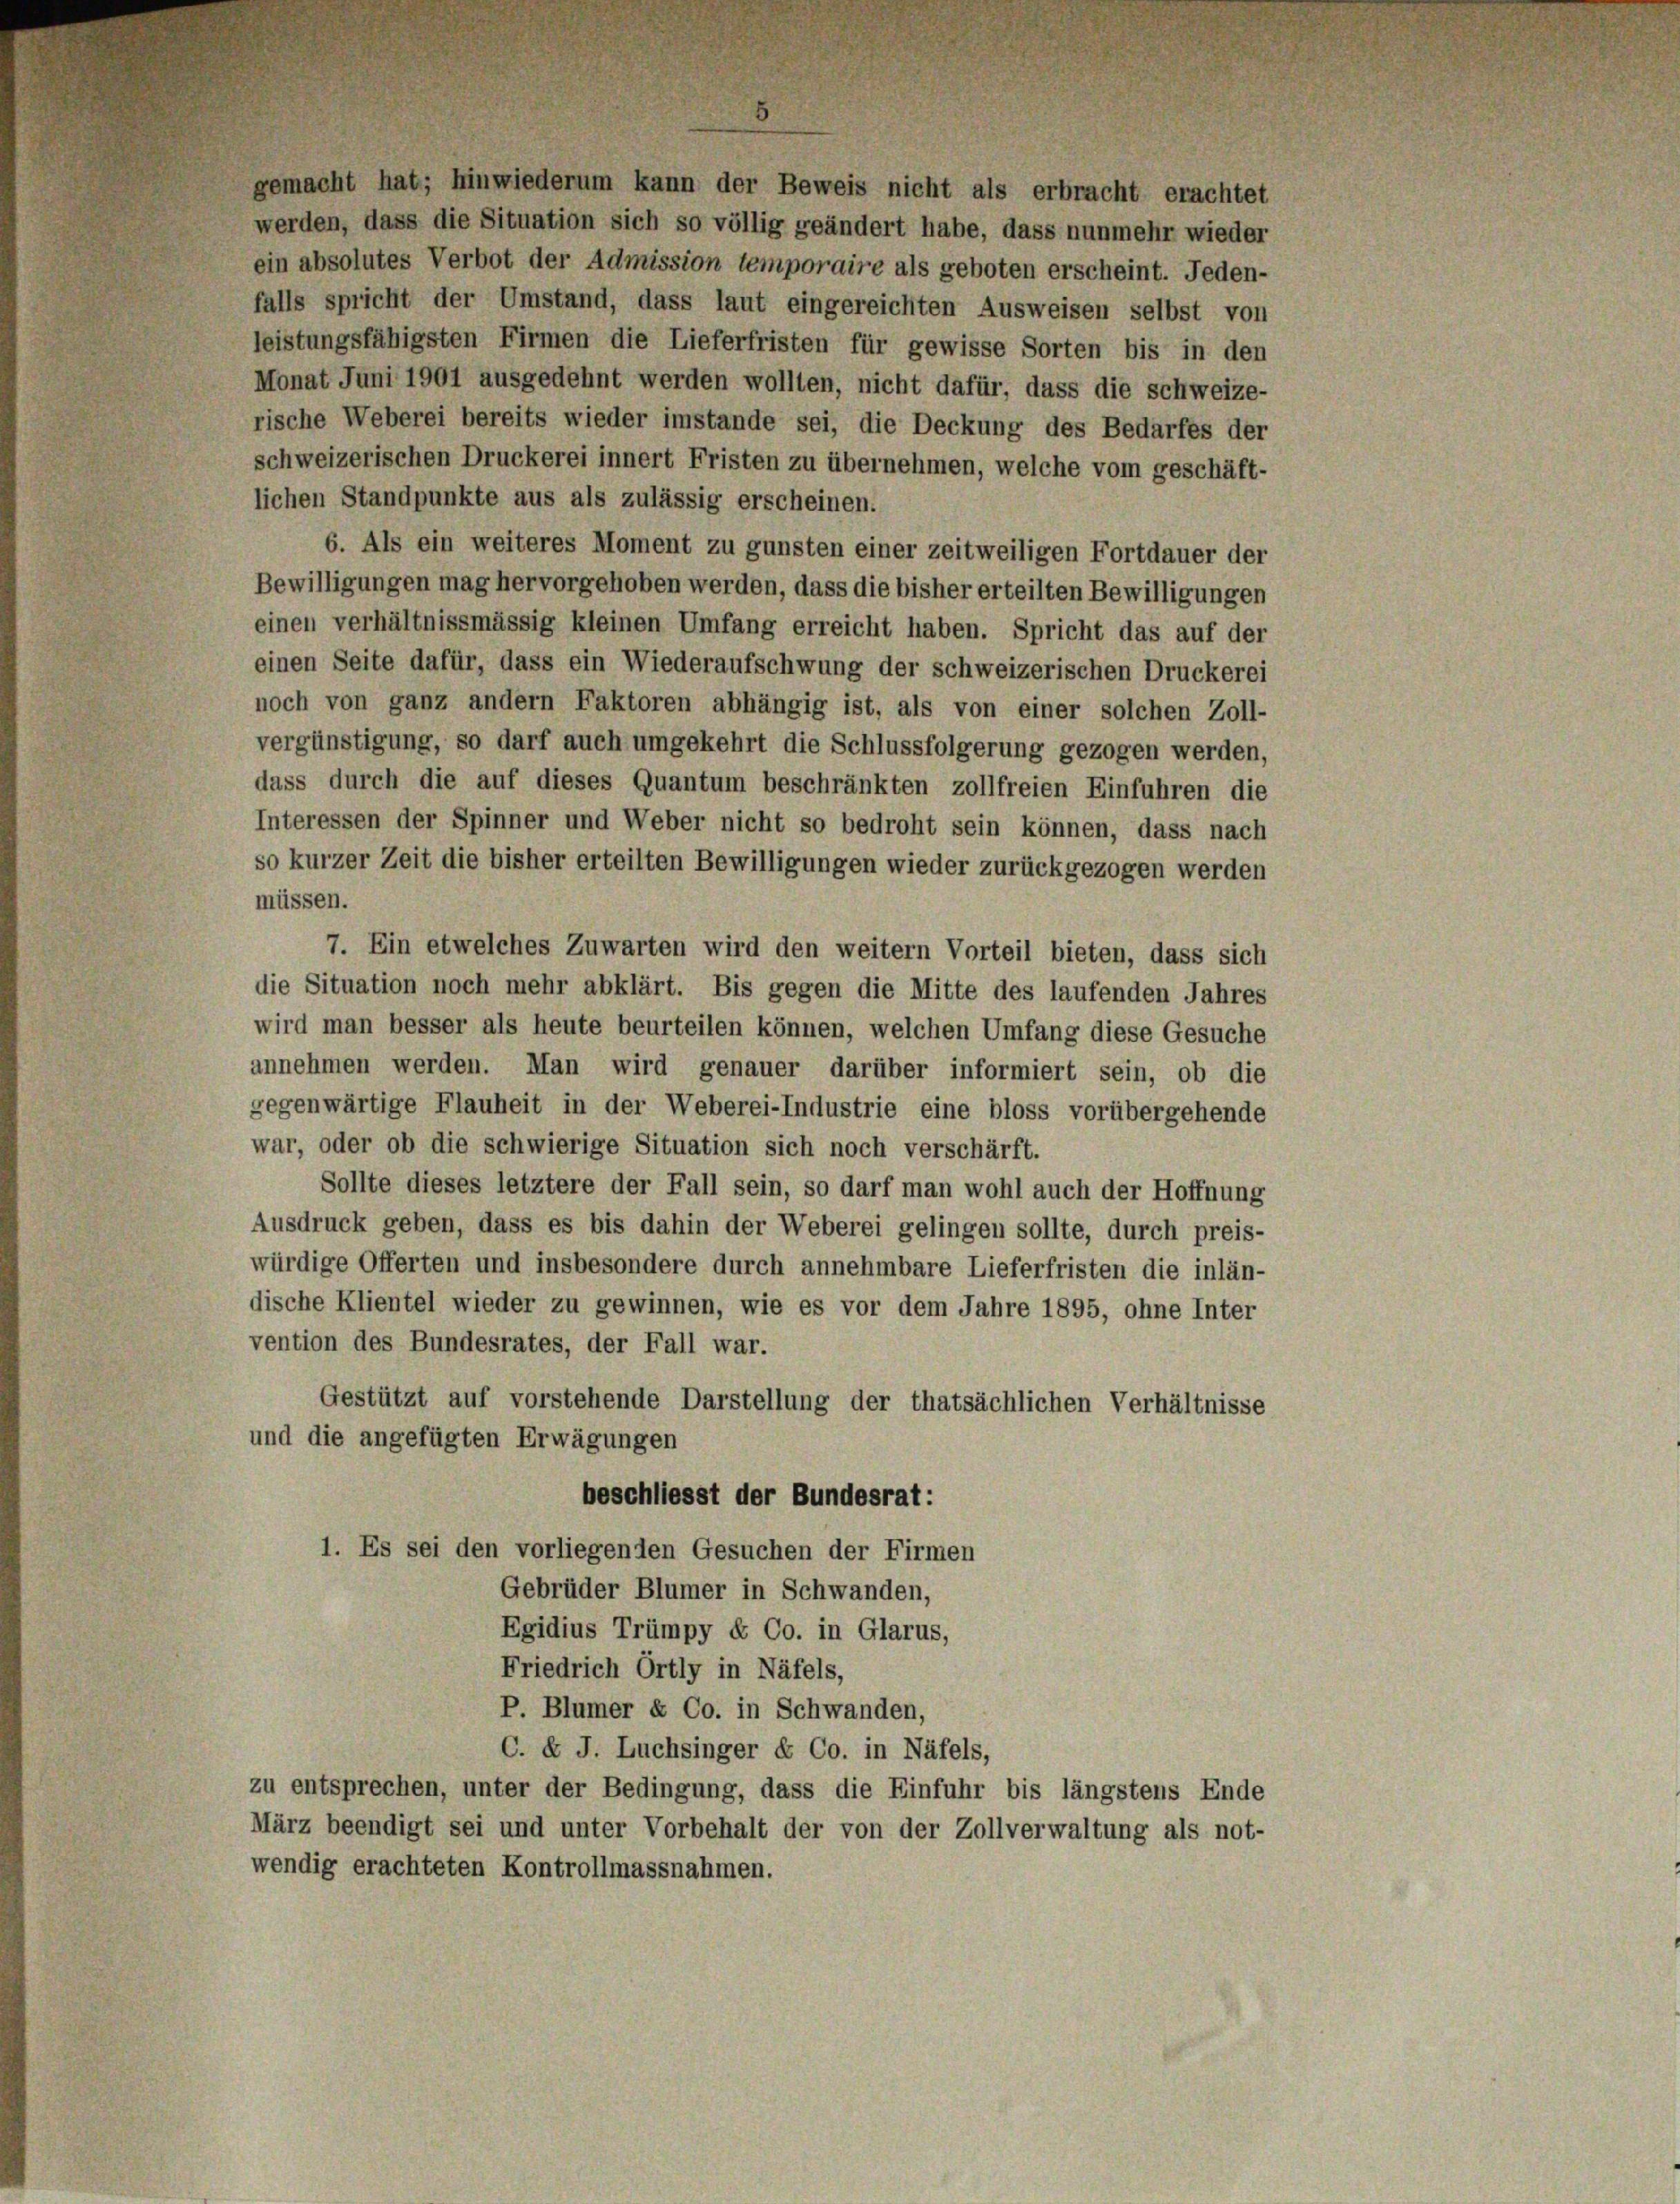
gemacht hat; hinwiederum kann der Beweis nicht als erbracht erachtet
werden, dass die Situation sich so völlig geändert habe, dass nunmehr wieder
ein absolutes Verbot der Admission temporaire als geboten erscheint. Jeden-
falls spricht der Umstand, dass laut eingereichten Ausweisen selbst von
leistungsfähigsten Firmen die Lieferfristen für gewisse Sorten bis in den
Monat Juni 1901 ausgedehnt werden wollten, nicht dafür, dass die schweize-
rische Weberei bereits wieder imstande sei, die Deckung des Bedarfes der
schweizerischen Druckerei innert Fristen zu übernehmen, welche vom geschäft-
lichen Standpunkte aus als zulässig erscheinen.
6. Als ein weiteres Moment zu gunsten einer zeitweiligen Fortdauer der
Bewilligungen mag hervorgehoben werden, dass die bisher erteilten Bewilligungen
einen verhältnissmässig kleinen Umfang erreicht haben. Spricht das auf der
einen Seite dafür, dass ein Wiederaufschwung der schweizerischen Druckerei
noch von ganz andern Faktoren abhängig ist, als von einer solchen Zoll-
vergünstigung, so darf auch umgekehrt die Schlussfolgerung gezogen werden,
dass durch die auf dieses Quantum beschränkten zollfreien Einfuhren die
Interessen der Spinner und Weber nicht so bedroht sein können, dass nach
so kurzer Zeit die bisher erteilten Bewilligungen wieder zurückgezogen werden
müssen.
7. Ein etwelches Zuwarten wird den weitern Vorteil bieten, dass sich
die Situation noch mehr abklärt. Bis gegen die Mitte des laufenden Jahres
wird man besser als heute beurteilen können, welchen Umfang diese Gesuche
annehmen werden. Man wird genauer darüber informiert sein, ob die
gegenwärtige Flauheit in der Weberei-Industrie eine bloss vorübergehende
war, oder ob die schwierige Situation sich noch verschärft.
Sollte dieses letztere der Fall sein, so darf man wohl auch der Hoffnung
Ausdruck geben, dass es bis dahin der Weberei gelingen sollte, durch preis-
würdige Offerten und insbesondere durch annehmbare Lieferfristen die inlän-
dische Klientel wieder zu gewinnen, wie es vor dem Jahre 1895, ohne Inter
vention des Bundesrates, der Fall war.
Gestützt auf vorstehende Darstellung der thatsächlichen Verhältnisse
und die angefügten Erwägungen
beschliesst der Bundesrat:
1. Es sei den vorliegenden Gesuchen der Firmen
Gebrüder Blümer in Schwanden,
Egidius Trümpy & Co. in Glarus,
Friedrich Ortly in Näfels,
P. Blümer & Co. in Schwanden,
C. E J. Luchsinger & Co. in Näfels,
zu entsprechen, unter der Bedingung, dass die Einfuhr bis längstens Ende
März beendigt sei und unter Vorbehalt der von der Zollverwaltung als not-
wendig erachteten Kontrollmassnahmen.